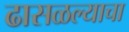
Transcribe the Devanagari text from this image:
ढासळल्याचा